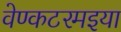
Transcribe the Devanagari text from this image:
वेण्कटरमइया